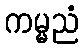
ကမ္မညံ